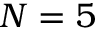
N = 5